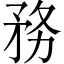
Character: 務